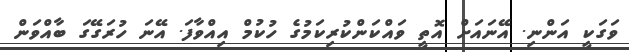
ވަގަކީ އަންނި. އޭނައަށް އޮތީ ވައްކަންކުރިކަމުގެ ހުކުމް އިއްވާފަ. އޭނަ ހުރަގޭގަ ބާއްވަން